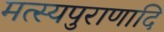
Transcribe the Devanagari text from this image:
मत्स्यपुराणादि